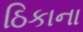
ઠિકાના